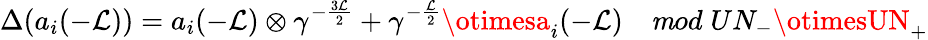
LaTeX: \Delta(a_{i}(-\mathcal{L}))=a_{i}(-\mathcal{L})\otimes\gamma^{-\frac{{3\mathcal{L}}}{{2}}}+\gamma^{-\frac{{\mathcal{L}}}{{2}}}\otimesa_{i}(-\mathcal{L})\quad{\mathit{m}od}\; UN_{-}\otimesUN_{+}